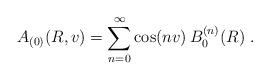
LaTeX: \begin{align*}A_{(0)}(R,v) = \sum_{n=0}^\infty \cos(nv) \, B_0^{(n)} (R) \ .\end{align*}